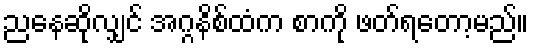
ညနေဆိုလျှင် အဂ္ဂနိစ်ထံက စာကို ဖတ်ရတော့မည်။